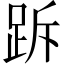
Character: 跅